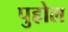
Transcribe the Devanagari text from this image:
पुहोल